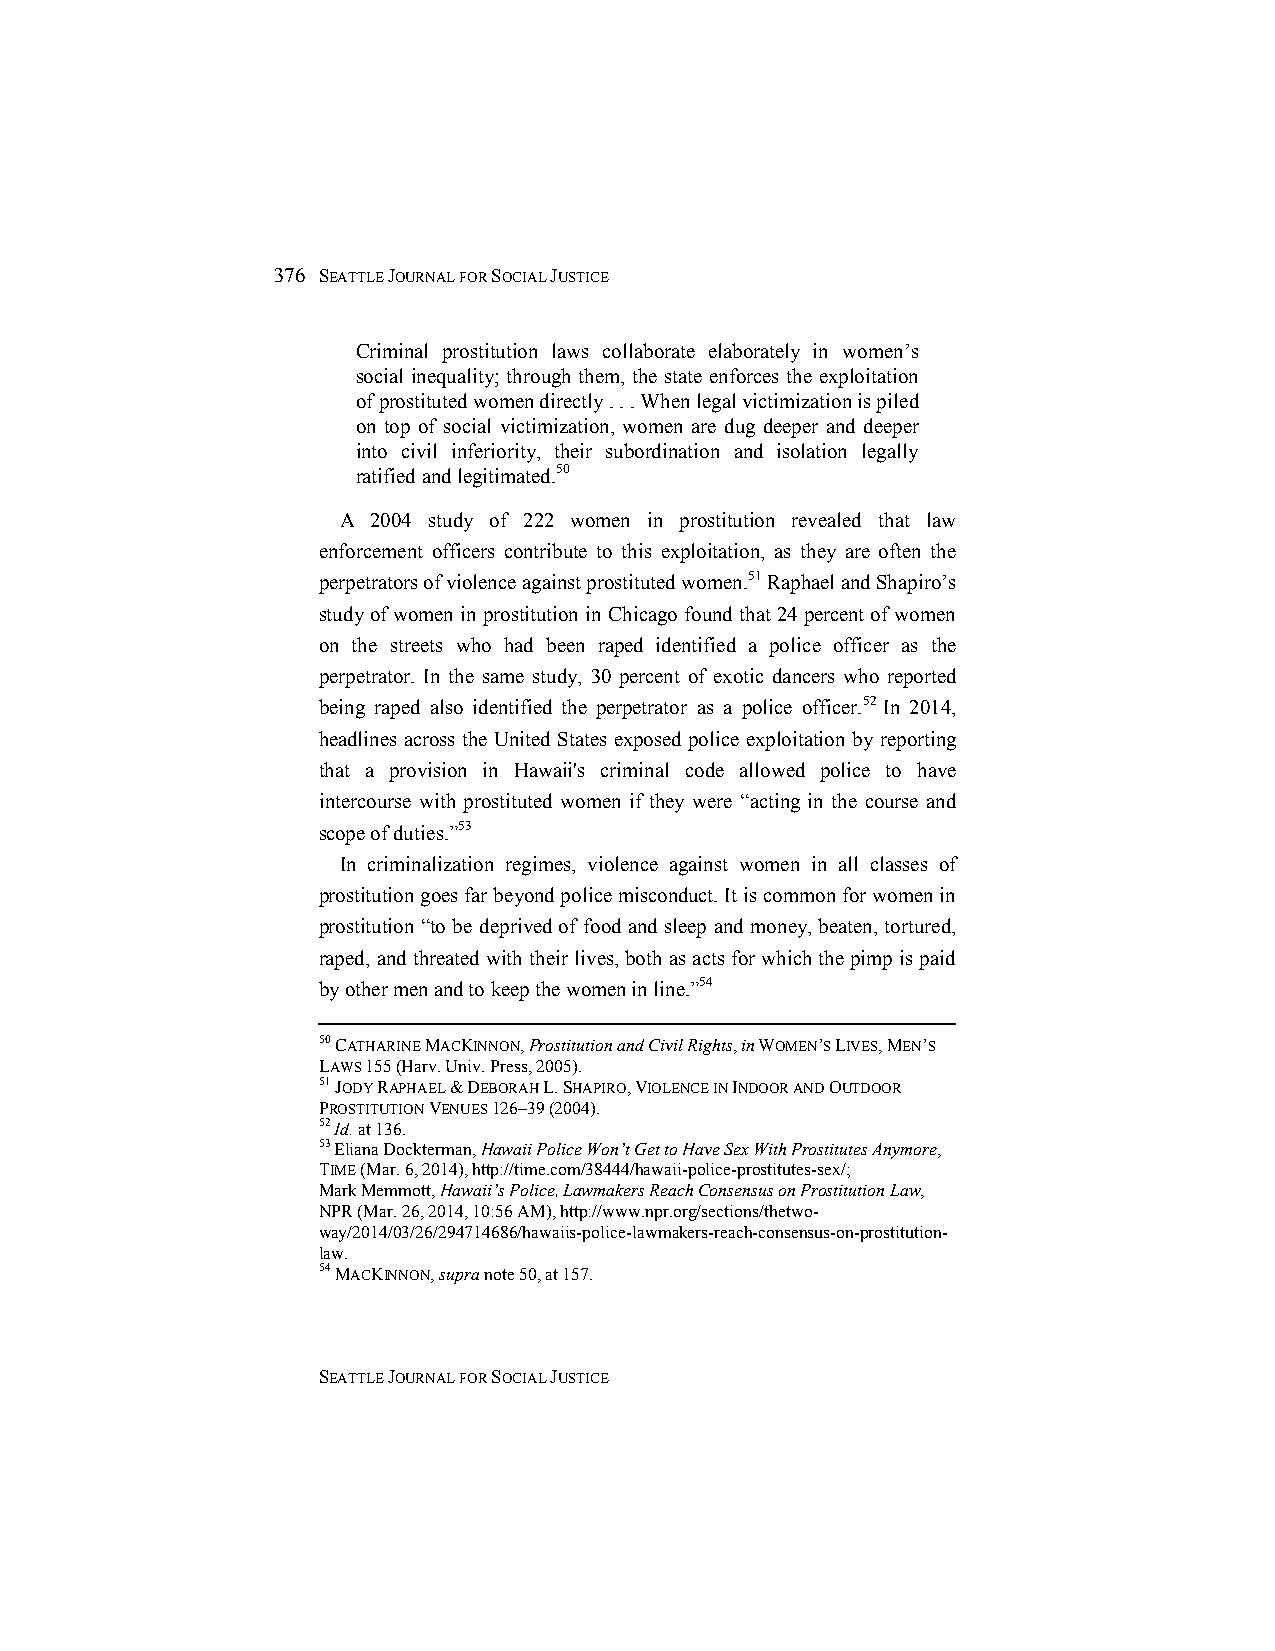
376 SEATTLE JOURNAL FOR SOCIAL JUSTICE
 Criminal prostitution laws collaborate elaborately in women’s
 social inequality; through them, the state enforces the exploitation
 of prostituted women directly . . . When legal victimization is piled
 on top of social victimization, women are dug deeper and deeper
 into civil inferiority, their subordination and isolation legally
 ratified and legitimated.50
 A  2004 study of 222 women in prostitution revealed that law
 enforcement officers contribute to this exploitation, as they are often the
 perpetrators of violence against prostituted women.51 Raphael and Shapiro’s
 study of women in prostitution in Chicago found that 24 percent of women
 on the streets who had been raped identified a police officer as the
 perpetrator. In the same study, 30 percent of exotic dancers who reported
 being raped also identified the perpetrator as a police officer.52 In 2014,
 headlines across the United States exposed police exploitation by reporting
 that a provision in Hawaii's criminal code allowed police to have
 intercourse with prostituted women if they were “acting in the course and
 scope of duties.”53
 In criminalization regimes, violence against women in all classes of
 prostitution goes far beyond police misconduct. It is common for women in
 prostitution “to be deprived of food and sleep and money, beaten, tortured,
 raped, and threated with their lives, both as acts for which the pimp is paid
 by other men and to keep the women in line.”54
 50 CATHARINE MACKINNON, Prostitution and Civil Rights, in WOMEN’S LIVES, MEN’S
 LAWS 155 (Harv. Univ. Press, 2005).
 51 JODY RAPHAEL & DEBORAH L. SHAPIRO, VIOLENCE IN INDOOR AND OUTDOOR
 PROSTITUTION VENUES 126–39 (2004).
 52 Id. at 136.
 53 Eliana Dockterman, Hawaii Police Won’t Get to Have Sex With Prostitutes Anymore,
 TIME (Mar. 6, 2014), http://time.com/38444/hawaii-police-prostitutes-sex/;
 Mark Memmott, Hawaii’s Police, Lawmakers Reach Consensus on Prostitution Law,
 NPR (Mar. 26, 2014, 10:56 AM), http://www.npr.org/sections/thetwo-
 way/2014/03/26/294714686/hawaiis-police-lawmakers-reach-consensus-on-prostitution-
 law.
 54 MACKINNON, supra note 50, at 157.
 SEATTLE JOURNAL FOR SOCIAL JUSTICE